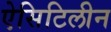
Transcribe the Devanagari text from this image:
ऐसिटिलीन